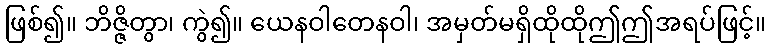
ဖြစ်၍။ ဘိဇ္ဇိတွာ၊ ကွဲ၍။ ယေနဝါတေနဝါ၊ အမှတ်မရှိထိုထိုဤဤအရပ်ဖြင့်။